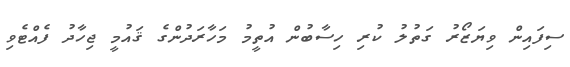
ސިފައިން ވިޔަޒޯރު ގަތުލު ކުރި ހިސާބުން އުތީމު މަހާރަދުންގެ ޤައުމީ ޖިހާދު ފެއްޓެވި